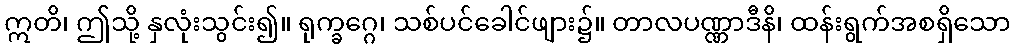
ဣတိ၊ ဤသို့ နှလုံးသွင်း၍။ ရုက္ခဂ္ဂေ၊ သစ်ပင်ခေါင်ဖျား၌။ တာလပဏ္ဏာဒီနိ၊ ထန်းရွက်အစရှိသော